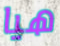
هيا